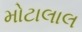
મોટાલાલ